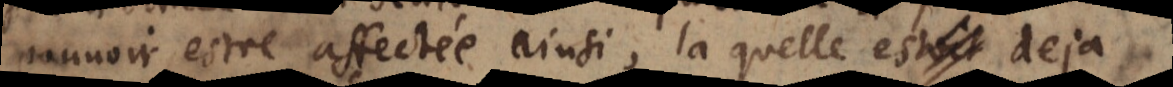
pouvoir estre affectée ainsi, la quelle estoit est